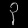
Digit: ၃